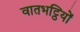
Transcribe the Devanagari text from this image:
वातभट्ठियों